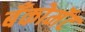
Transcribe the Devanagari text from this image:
बँकोमॅट